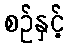
စဉ်နှင့်